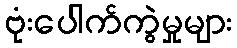
ဗုံးပေါက်ကွဲမှုများ